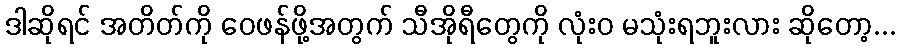
ဒါဆိုရင် အတိတ်ကို ဝေဖန်ဖို့အတွက် သီအိုရီတွေကို လုံးဝ မသုံးရဘူးလား ဆိုတော့...